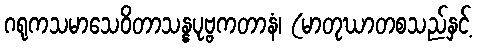
ဂရုကသမာသေဝိတာသန္နပုဗ္ဗကတာနံ၊ (မာတုဃာတစသည်နှင့်